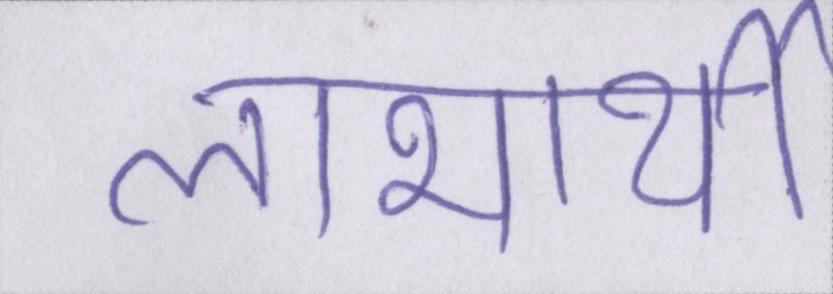
लाभार्थी